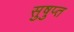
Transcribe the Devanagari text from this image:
सुषुप्‍त